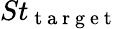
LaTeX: St_{\mathrm{~t~a~r~g~e~t~}}